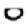
Digit: 0